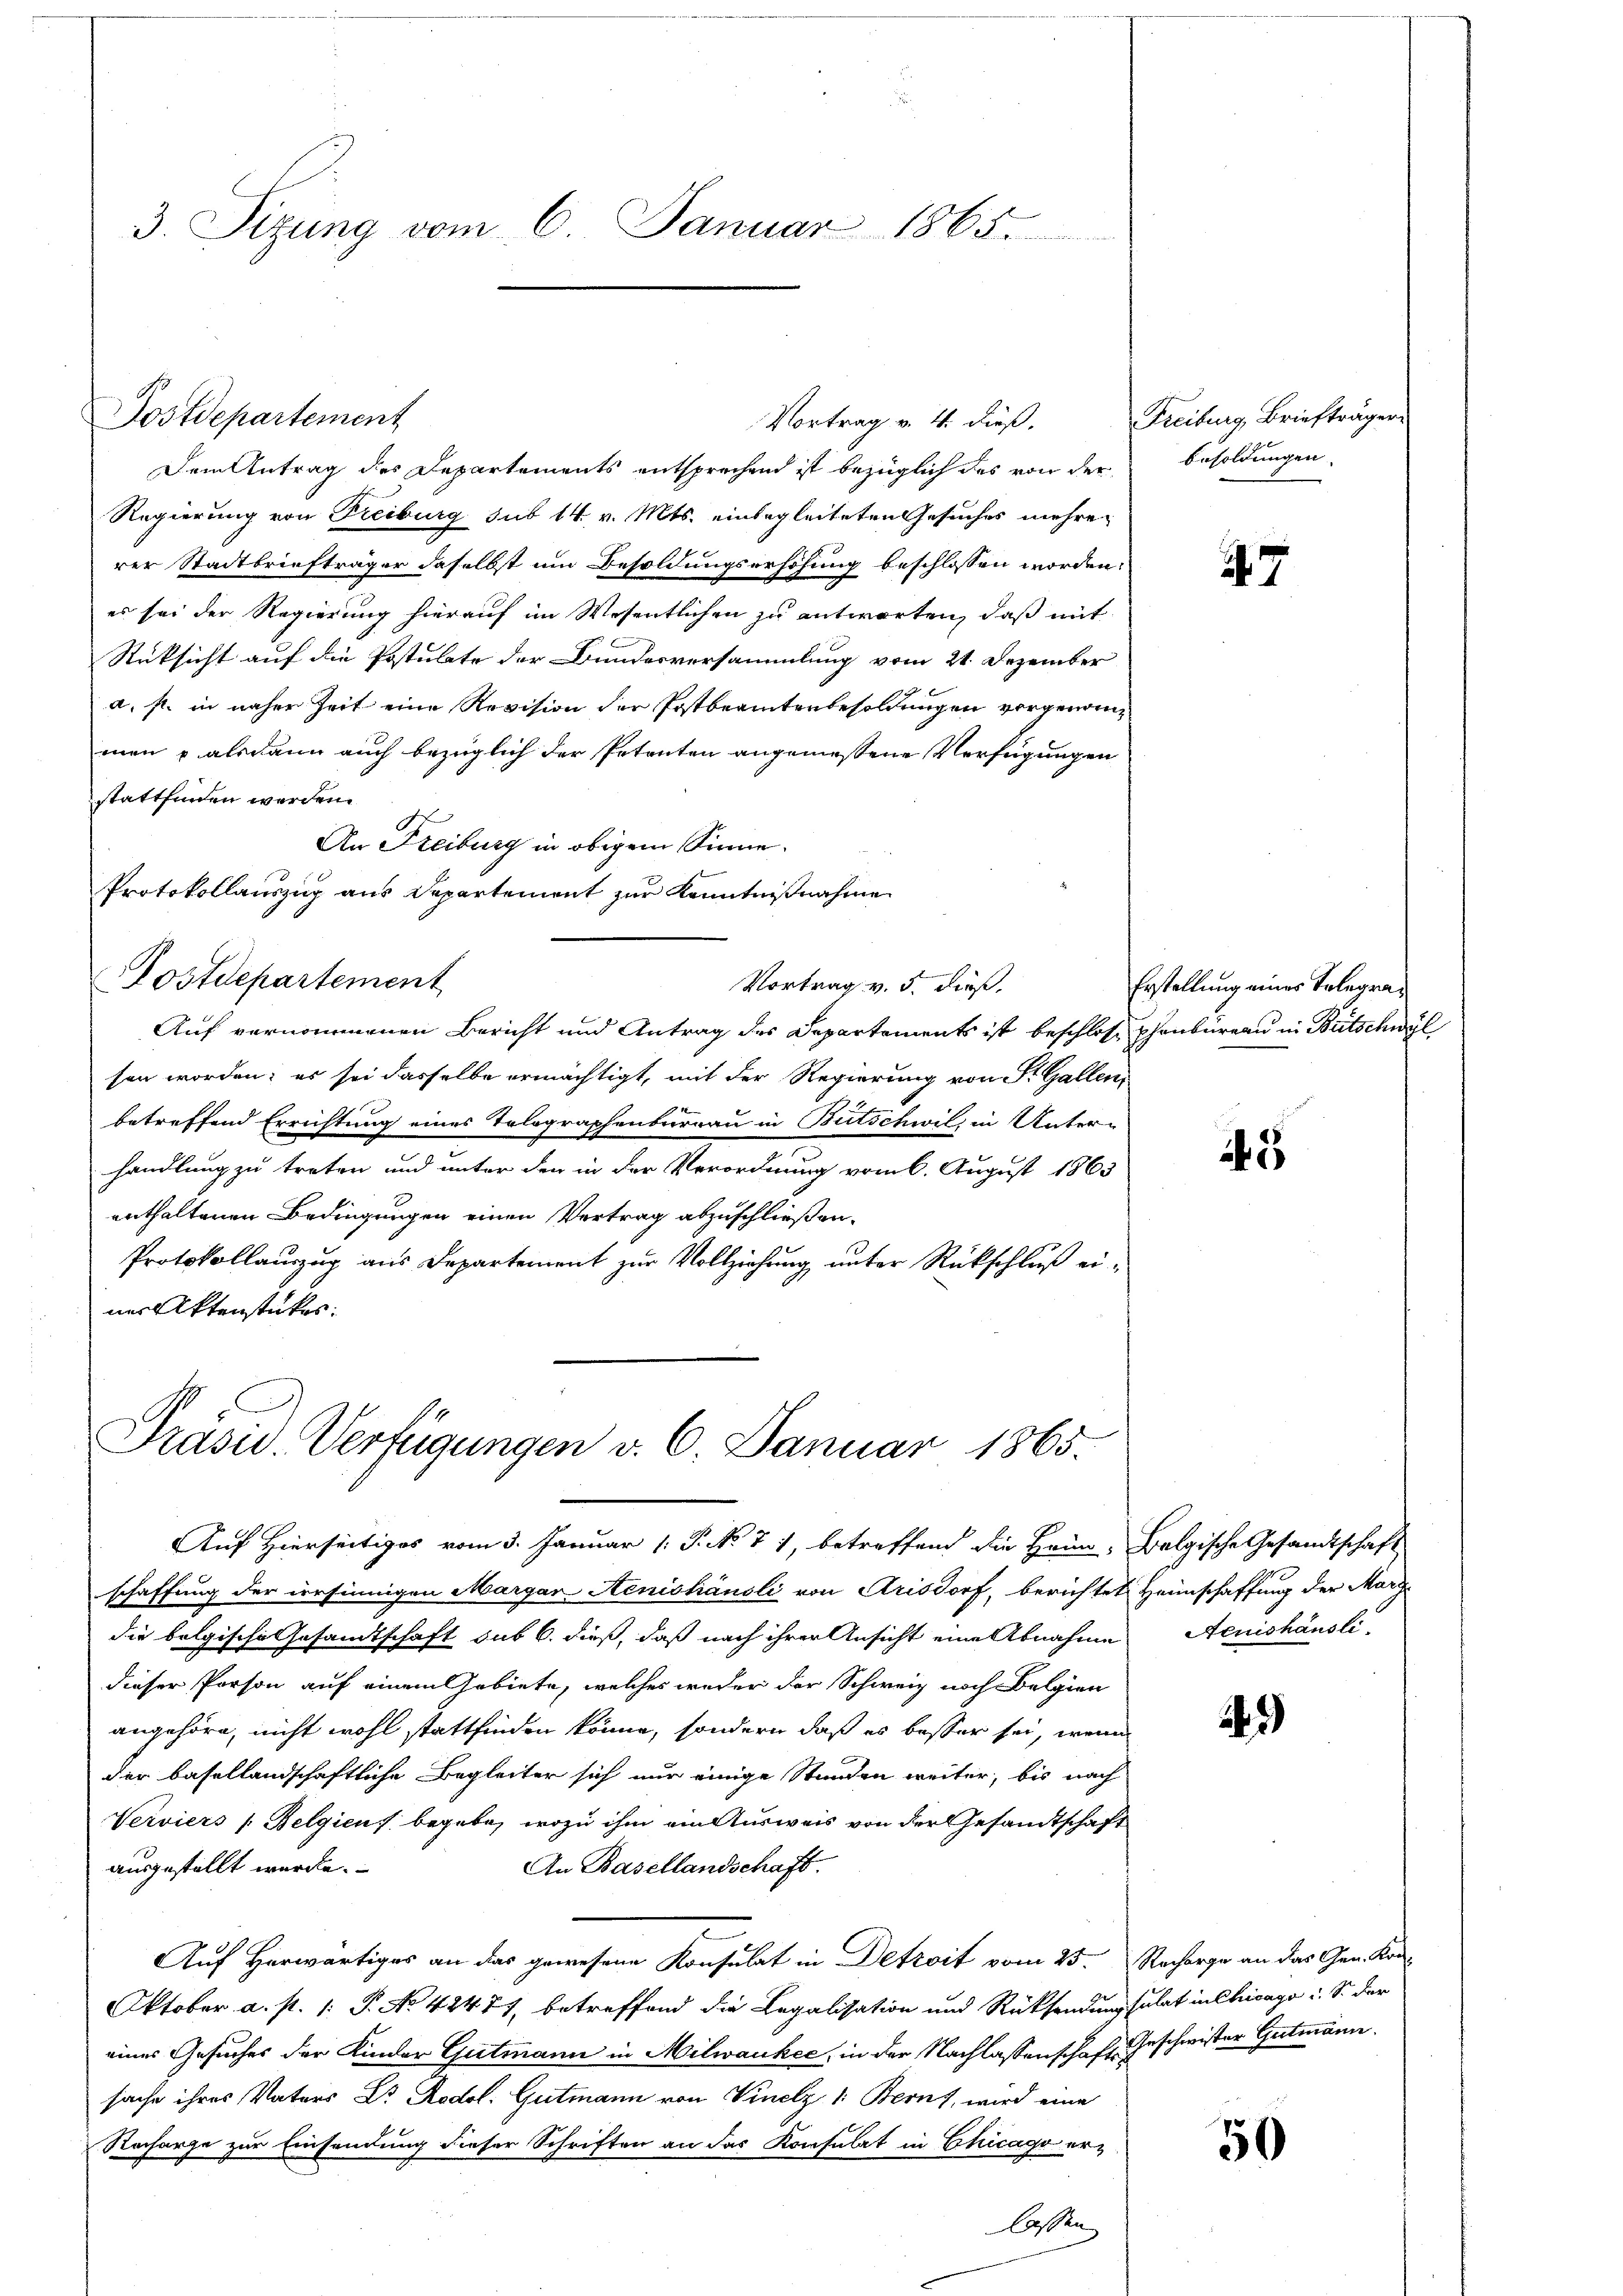
3. Sizung vom 6. Januar 1865.

Dem Antrag des Departements entsprechend ist bezüglich des von der
Regierung von Freiburg sub 14. v. Mts. einbegleiteten Gesuches mehrer
rer Stadtbriefträger daselbst um Besoldungserhöhung beschlossen worden.
es sei der Regierung hierauf im Wesentlichen zu antworten, daß mit
Rücksicht auf die Postulate der Bundesversammlung vom 21. Dezember
a. s. in naher Zeit eine Revision der Postbeamtenbesoldungen vorgenommen & alsdann auch bezüglich der Petenten angemessene Verfügungen
stattfinden werden.
An Freiburg in obigem Sinne.
Protokollauszug aus Departement zur Kenntnißnahme
Postdepartement
Vortrag v. 5. dieß.
Auf vernommenen Bericht und Antrag des Departements ist beschlose phenbureau in Bütschwel
sen worden; es sei dasselbe ermächtigt, mit der Regierung von St. Gallen
betreffend Errichtung eines Telographenbureau in Butschwil, in Unterr
handlung zu treten und unter den in der Verordnung vom 6. August 1863
enthaltenen Bedingungen einen Vertrag abzuschließen.
Protokollauszug aus Departement zur Vollziehung unter Rückschluß einer Aktenstükes:

Postdepartement

Präsid. Verfügungen v. 6. Januar 1865.

Vortrag v. 4. dieß.

schaffung der irrsinnigen Margar-Aénishändli von Arisdorf, berichtet Heimschaffung der Marg
die belgische Gesandtschaft sub 6. dieß, daß nach ihrer Ansicht eine Abnahme
dieser Person auf einem Gebiete, welches weder der Schweiz noch Belgien
angehöre, nicht wohl stattfinden könne, sondern daß es besser sei, wenn
der basellandschaftliche Begleiter sich nur einige Stunden weiter, bis nach
Verviers /: Belgien begebe, wozu ihm ein Ausweis von der Gesandtschaft
An Basellandschaft.
ausgestellt wurde.
Auf Herwärtiges an das gewesene Konsulat in Detzoit vom 25. Recharge an das Gen. Kon-
Oktober a. s. /: P. No 42477, betreffend die Legalisation und Rücksendung sulat in Chicago i. S. der
eines Gesuches der Kinder Gutmann in Milwaukee, in der Nachlassenschaft Geschwister Gutmann
sache ihres Vaters Dr. Rodol. Gutmann von Vinelz 1: Bernt, wird eine
Recharge zur Einsendung dieser Schriften an das Konsulat in Chicago er-
lassen

uf Hierseitiges vom 3. Januar 1: P. No. 77, betreffend die Heim, Belgische Gesandtschaft

Freiburg, Briefträger
Besoldungen.

7

Erstellung eines Telegra¬

2

Aeuishäusli

2)

50